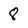
Character: 8